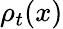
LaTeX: \rho_{t}(x)